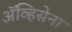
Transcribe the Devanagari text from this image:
ॲव्हिसेना